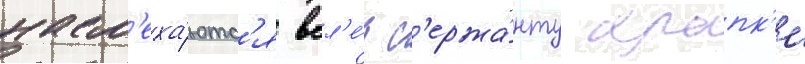
насм'еха́ютс'я всл'е́д с'ержа́нту крапк'е